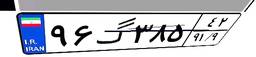
۹۶گ۳۸۵۴۲